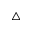
\triangle